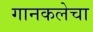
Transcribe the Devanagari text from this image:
गानकलेचा